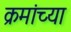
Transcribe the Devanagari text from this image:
क्रमांच्या